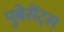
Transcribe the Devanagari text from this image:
पुबेसेंट्स